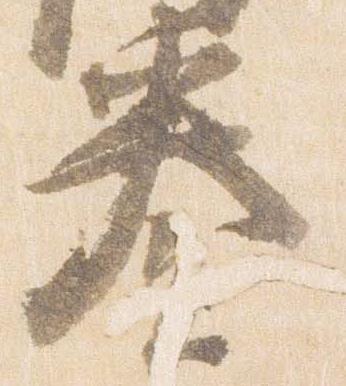
奏